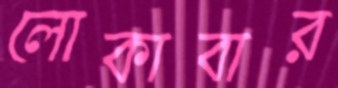
লোকাবার